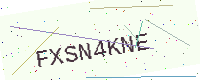
Text: FXSN4KNE